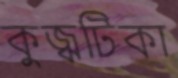
কুজ্ঝটিকা